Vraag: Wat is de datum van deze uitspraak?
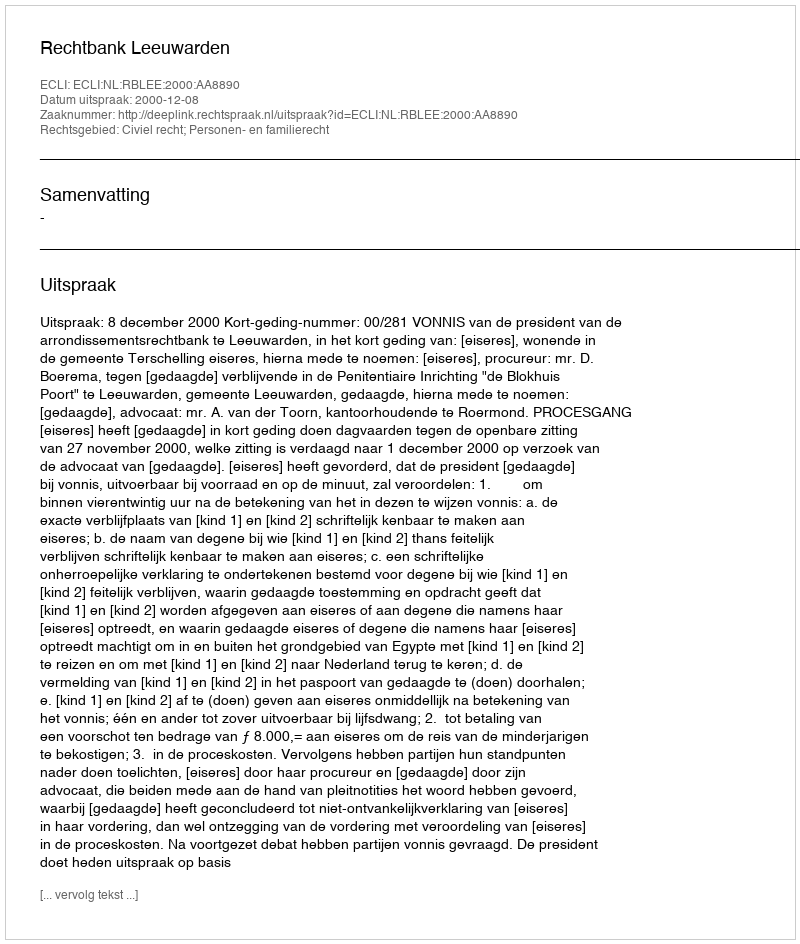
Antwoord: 2000-12-08